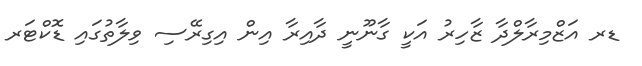
ޑރ އަޒްމިރާލްދާ ޒާހިރު އަކީ ގާނޫނީ ދާއިރާ އިން އިގިރޭސި ވިލާތުގައި ޑޮކްޓަރ